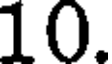
10.